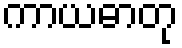
ကာယဓာတု